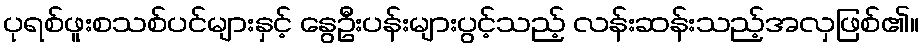
ပုရစ်ဖူးစသစ်ပင်များနှင့် နွေဦးပန်းများပွင့်သည့် လန်းဆန်းသည့်အလှဖြစ်၏။